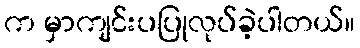
က မှာကျင်းပပြုလုပ်ခဲ့ပါတယ်။